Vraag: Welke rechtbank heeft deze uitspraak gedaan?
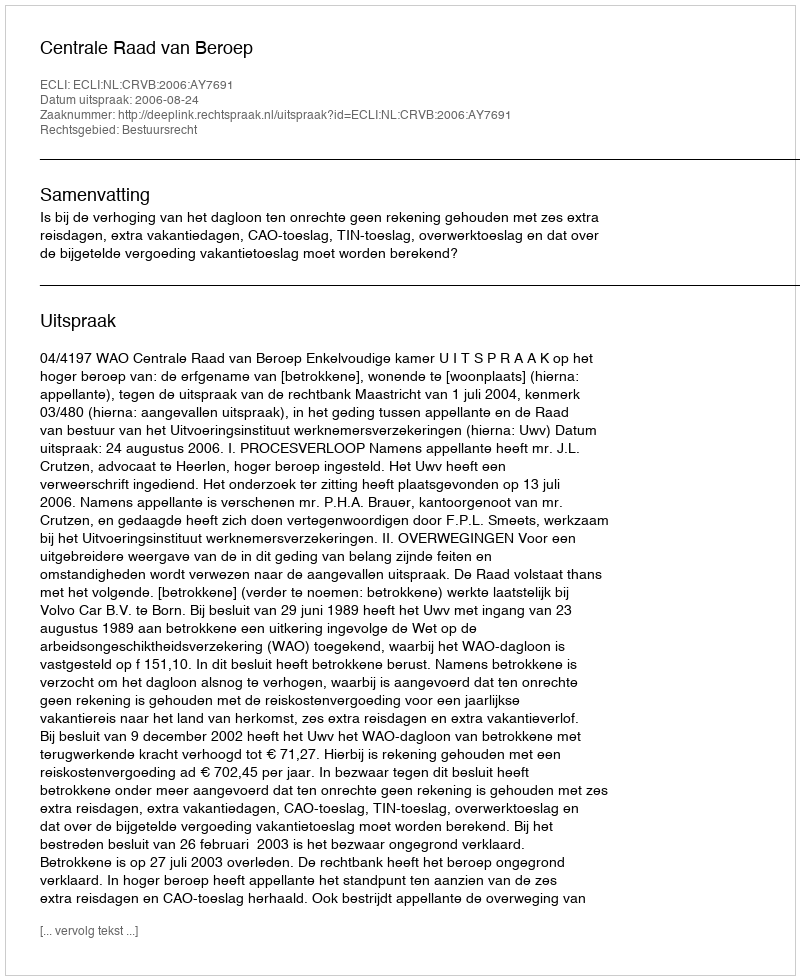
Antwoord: Centrale Raad van Beroep